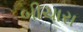
બીચારા